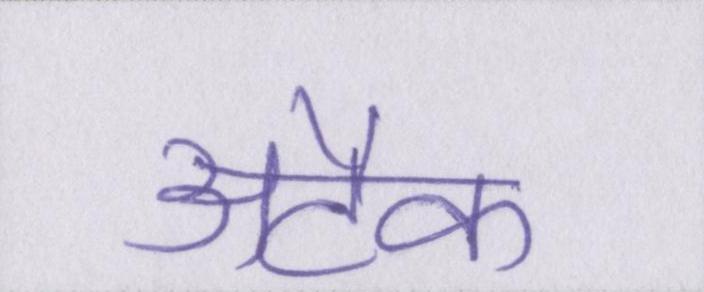
अटैक